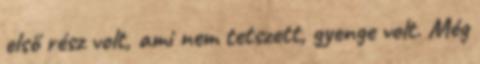
első rész volt, ami nem tetszett, gyenge volt. Még